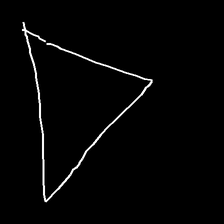
Glyph: convergence